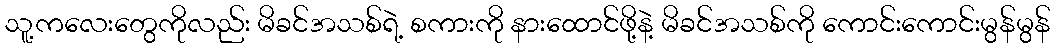
သူ့ကလေးတွေကိုလည်း မိခင်အသစ်ရဲ့ စကားကို နားထောင်ဖို့နဲ့ မိခင်အသစ်ကို ကောင်းကောင်းမွန်မွန်